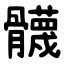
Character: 䯦